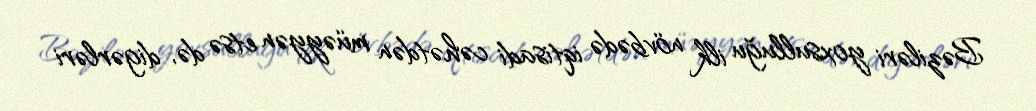
Bəziləri yoxsulluğu ilk növbədə iqtisadi cəhətdən müəyyən etsə də, digərləri